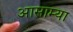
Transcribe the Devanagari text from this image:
आसाम्या